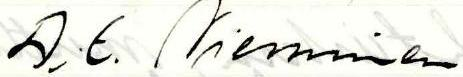
A. E. Nieminen